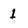
Character: 1